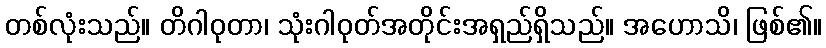
တစ်လုံးသည်။ တိဂါဝုတာ၊ သုံးဂါဝုတ်အတိုင်းအရှည်ရှိသည်။ အဟောသိ၊ ဖြစ်၏။